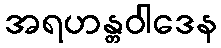
အရဟန္တဝါဒေန